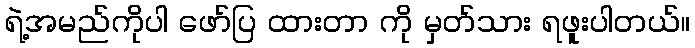
ရဲ့အမည်ကိုပါ ဖော်ပြ ထားတာ ကို မှတ်သား ရဖူးပါတယ်။